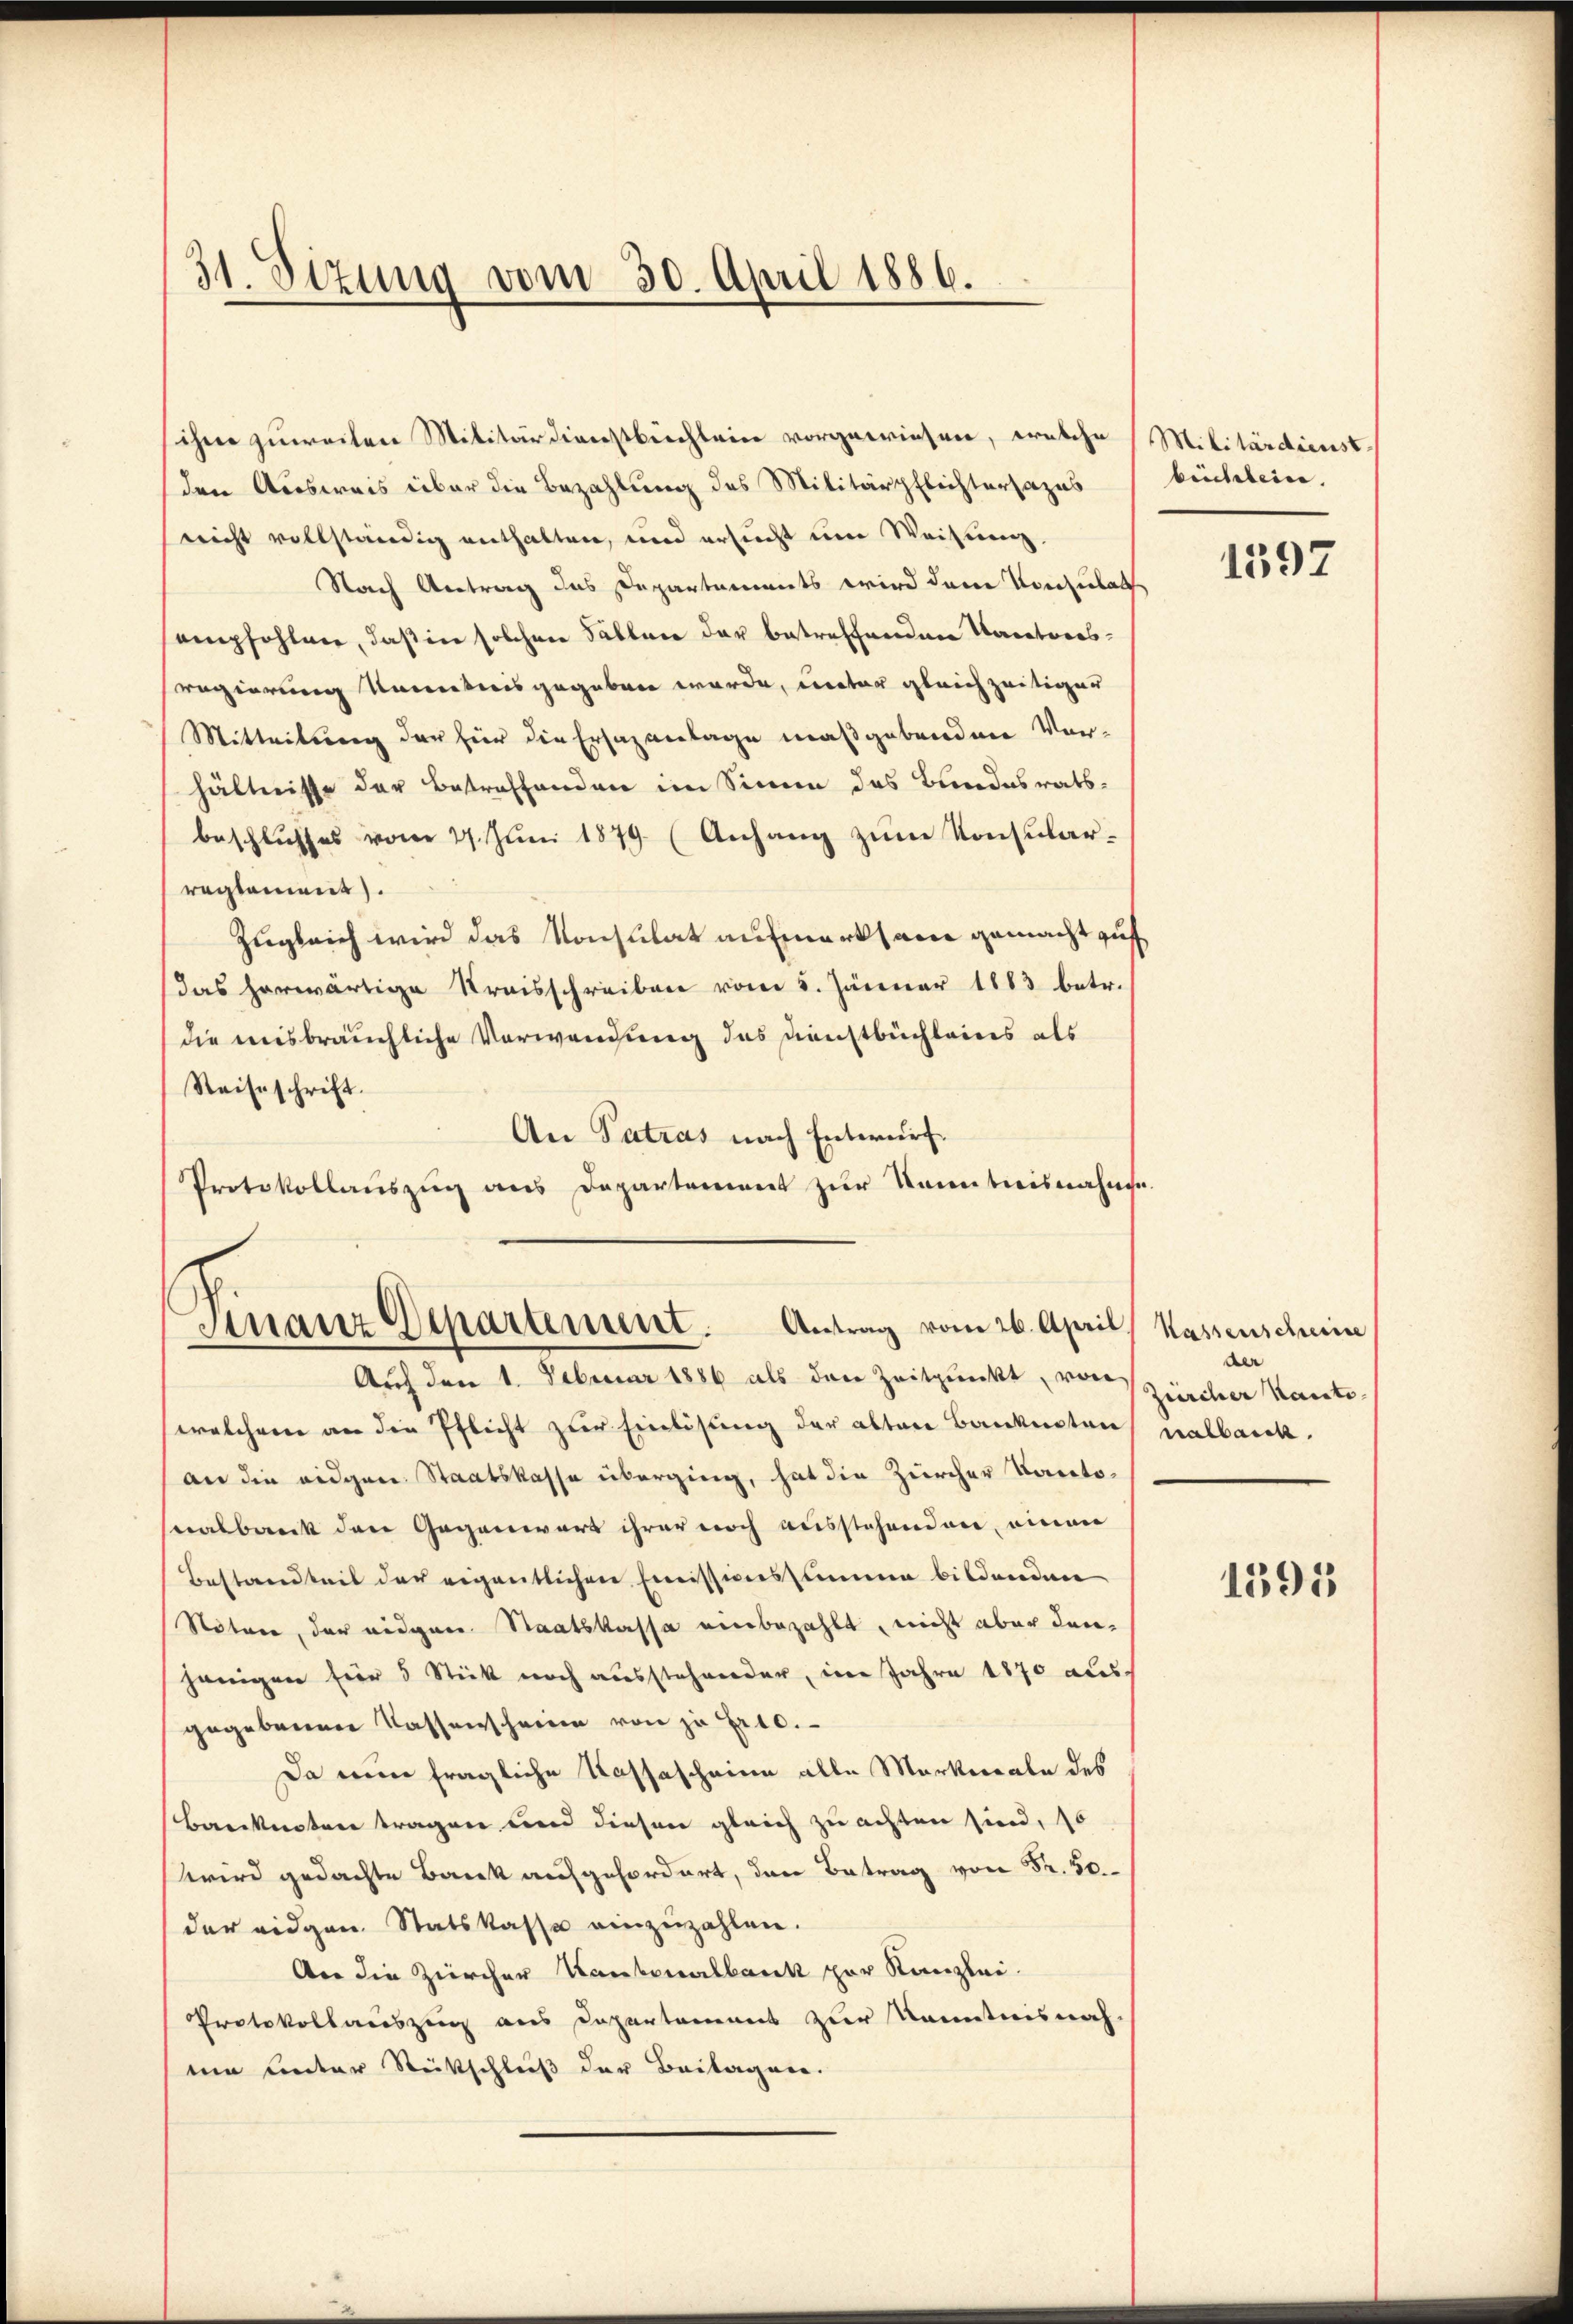
31. Dezung vom 30. April 1886.

ihme zuweiten Militärdienstbichlein vorgewiesen, welche Militärdienst-
den Ausweis über die Bezahlung des Militärpflichtersazus
neicht vollständig enthalten, und ersŭcht im Weisung.
Nach Antrag des Departements wird den Vorzulag
empfohlner, daß in solchen Fällen der betreffenden Karatversregierung kanntnis gegeben würde, unter gleichzeitiger
Mitteilung der für die Ersatzanlage maßgebendene Vor-
hältnisse der Betreffenden im Sinne des Bundesratsbeschlusses vom 27. Jŭni 1879. (Anhang zŭm Konsularreglement.
Zugleich wird das Konsulat aufmerksam gemacht auf
das herwärtige Kreisschreiben vom 5. Jänner 1883 betr.
die misbräuchliche Verwendung des Dienstbüchleines als
Reiseschrift.
An Patras nach Entwurf.
Protokollaŭszŭg ans Departement zŭr Kenntnisnahme.

Finanz Deparament. Antrag vom 26. April.
Auf den 1. Februar 1886 als den Zeitpunkt, von Zürcher Kanto

welcheren an die Pflicht zur Einlösung der alten Banknoten, nalbank.
(an die eidgen. Staatskasse überging, hat die Zürcher Kartosnalbank den Gegenwart ihrer noch ausstehenden, einen
Bestandteit der eigentlichen Emissionsstimme bildenden
Stöten, der eidgen. Staatskassa einbezahlt, nicht aber denjenigen für 5 Stick noch ausstehender, im Jahre 1870 aus
gegebenen Kassenschreien von zu Er 10.
Da nun fragliche Kassascheine alle Markwaale des
Banknoten tragen und diesen gleich zu achten sind, so
wird gedachte Bank aufgefordert, den Betrag von Fr. 50.
der eidgen. Statskasse einzuzahlen.
An die Zürcher Kantonalbank zur Kanzlei.
Protokollauszug aus Departamens zur Kenntnisnah
mm unter Rückschluß der Beilagen.

brichtein.

1597

Kassenscheine
der

1395